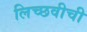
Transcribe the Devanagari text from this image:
लिच्छवीची